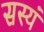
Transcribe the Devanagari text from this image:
सस्यं